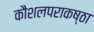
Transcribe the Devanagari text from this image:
कौशलपराकष्ठा